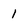
Character: 1